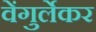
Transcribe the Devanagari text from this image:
वेंगुर्लेकर